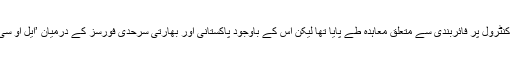
دونوں ملکوں کے درمیان 2003ء میں لائن آف کنٹرول پر فائربندی سے متعلق معاہدہ طے پایا تھا لیکن اس کے باوجود پاکستانی اور بھارتی سرحدی فورسز کے درمیان ’ایل او سی‘ پر فائرنگ و گولہ باری کا تبادلہ ہوتا رہتا ہے۔